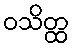
ဝသိတ္ထ